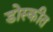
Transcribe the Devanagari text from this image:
डोस्कीत